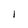
Character: I